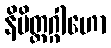
နိမိတ္တဂ္ဂါဟော